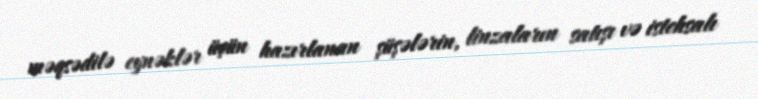
məqsədilə eynəklər üçün hazırlanan şüşələrin, linzaların satışı və istehsalı